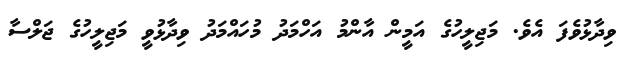
ވިދާޅުވެފަ އެވެ. މަޖިލީހުގެ އަމީން އާންމު އަހްމަދު މުހައްމަދު ވިދާޅުވީ މަޖިލީހުގެ ޖަލްސާ